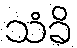
သံခိ